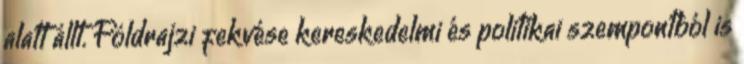
alatt állt. Földrajzi fekvése kereskedelmi és politikai szempontból is